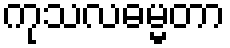
ကုသလဓမ္မတာ